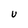
Character: U